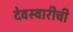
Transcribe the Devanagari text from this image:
देवस्वारीची